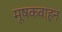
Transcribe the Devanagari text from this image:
मूषकवाहन